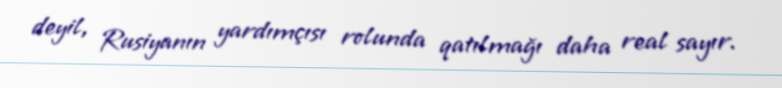
deyil, Rusiyanın yardımçısı rolunda qatılmağı daha real sayır.